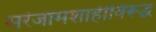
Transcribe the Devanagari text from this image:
सरंजामशाहीविरूद्ध